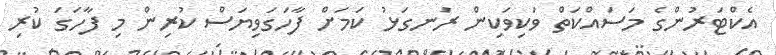
އެކްޓަރުންގެ މަސައްކަތް ވަކިވަކިން ރަނގަޅު ކަމަށް ފާހަގަވިޔަސް ކުރިން މި ފާހަގަ ކުރި